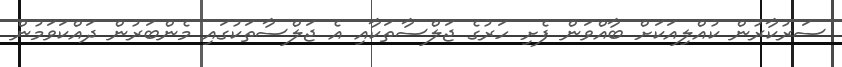
ސަރުކާރުން ކުއްލިއަކަށް ބާއްވަން ފެށި ހަރުގެ ޖަލްސާތަކާއި އެ ޖަލްސާތަކުގައި މެންބަރުން ދައްކަވަމުން